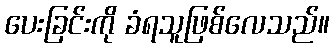
ပေးခြင်းကို ခံရသူဖြစ်လေသည်။